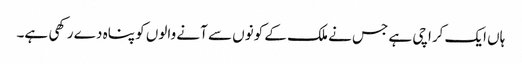
ہاں ایک کراچی ہے جس نے ملک کے کونوں سے آنے والوں کو پناہ دے رکھی ہے۔